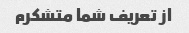
از تعریف شما متشکرم